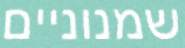
שמנוניים